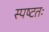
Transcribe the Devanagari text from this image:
स्पष्‍टतः